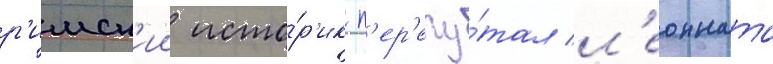
р'имск'ии исто́р'ик п'ер'епу́тал л'еонната